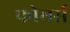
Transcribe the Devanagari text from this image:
फ्रोमर्स